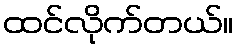
ထင်လိုက်တယ်။